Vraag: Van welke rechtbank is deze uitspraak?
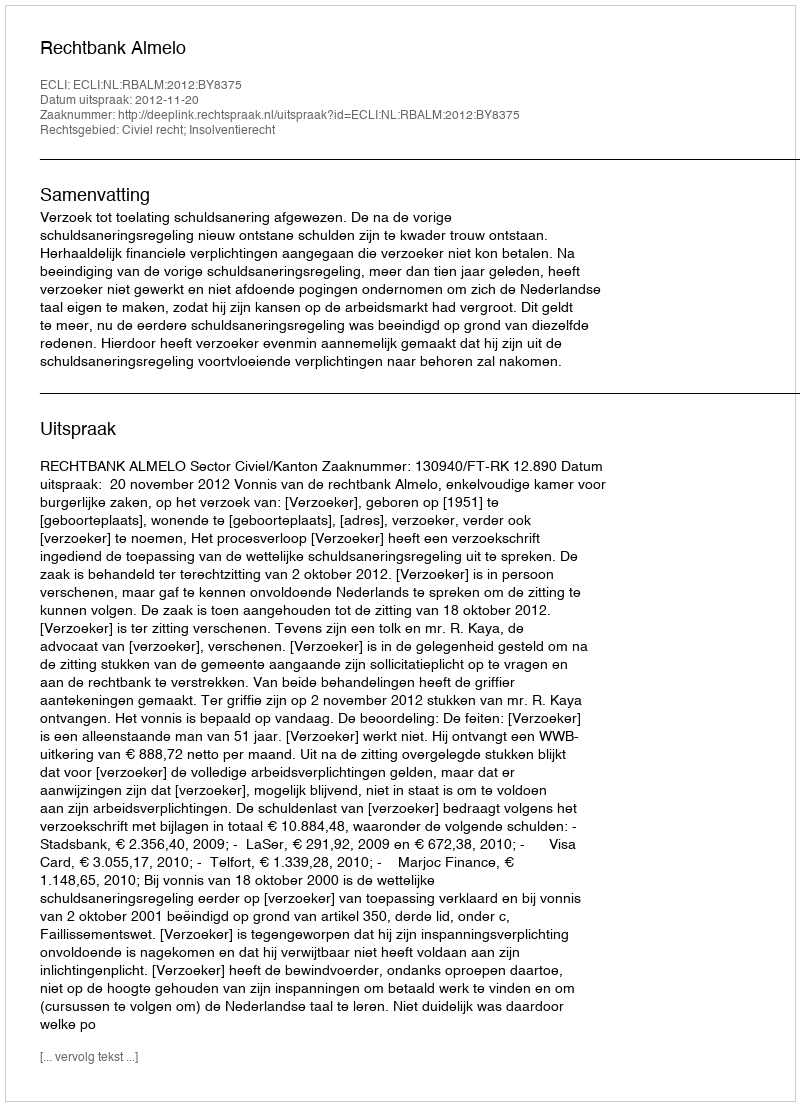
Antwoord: Rechtbank Almelo